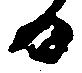
日